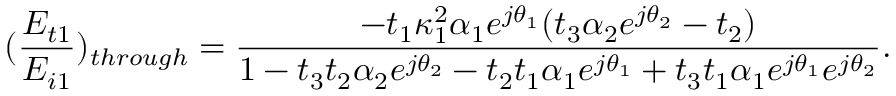
( \frac { E _ { t 1 } } { E _ { i 1 } } ) _ { t h r o u g h } = \frac { - t _ { 1 } \kappa _ { 1 } ^ { 2 } \alpha _ { 1 } e ^ { j \theta _ { 1 } } ( t _ { 3 } \alpha _ { 2 } e ^ { j \theta _ { 2 } } - t _ { 2 } ) } { 1 - t _ { 3 } t _ { 2 } \alpha _ { 2 } e ^ { j \theta _ { 2 } } - t _ { 2 } t _ { 1 } \alpha _ { 1 } e ^ { j \theta _ { 1 } } + t _ { 3 } t _ { 1 } \alpha _ { 1 } e ^ { j \theta _ { 1 } } e ^ { j \theta _ { 2 } } } .